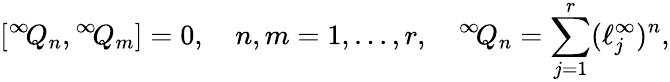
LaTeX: [{}^{\infty}\! Q_{n},{}^{\infty}\! Q_{m}]=0,\quad n,m=1,\ldots,r,\quad{}^{\infty}\! Q_{n}=\sum_{j=1}^{r}(\ell_{j}^{\infty})^{n},